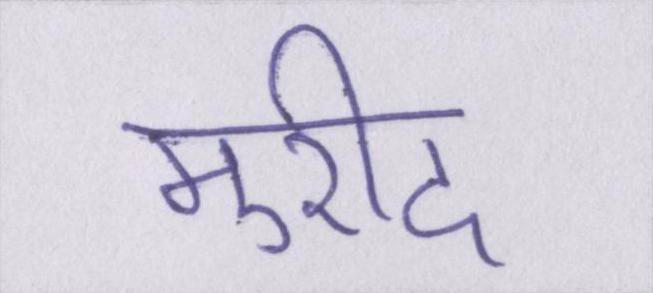
मुरीद